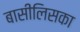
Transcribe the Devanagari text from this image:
बासीलिसका